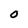
Character: O